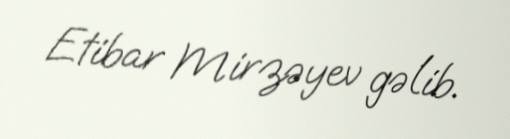
Etibar Mirzəyev gəlib.